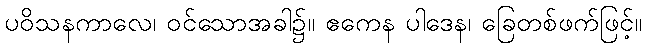
ပဝိသနကာလေ၊ ဝင်သောအခါ၌။ ဧကေန ပါဒေန၊ ခြေတစ်ဖက်ဖြင့်။